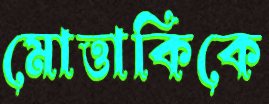
মোত্তাকিকে